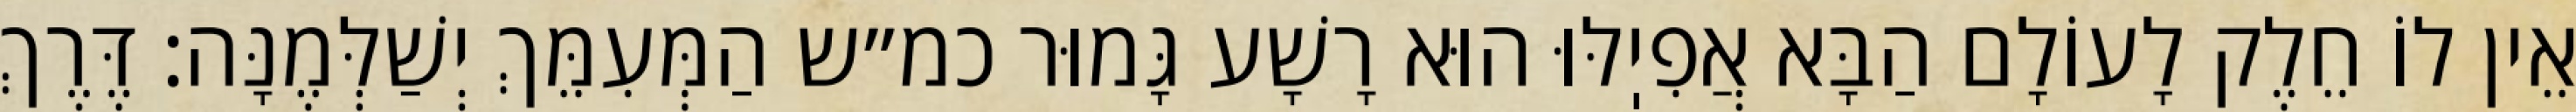
אֵין לוֹ חֵלֶק לָעוֹלָם הַבָּא אֲפִיֽלּוּ הוּא רָשָׁע גָּמוּר כמ״ש הַמְּעִמֵּךְ יְשַׁלְּמֶנָּה: דֶּרֶךְ